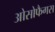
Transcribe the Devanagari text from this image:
ओसोफैगस